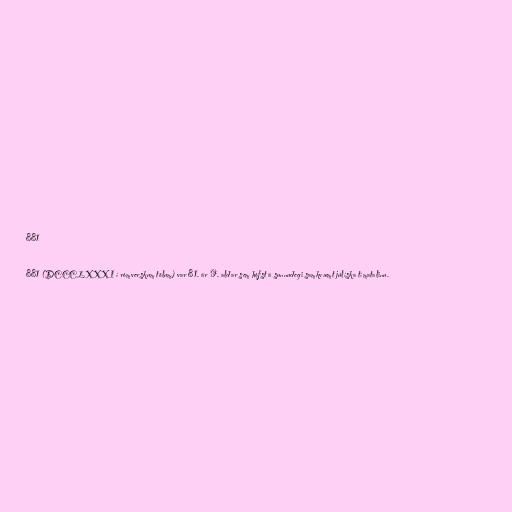
881

881 (DCCCLXXXI í rómverskum tölum) var 81. ár 9. aldar sem hófst á sunnudegi samkvæmt júlíska tímatalinu.